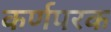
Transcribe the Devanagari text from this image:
कर्णपरक